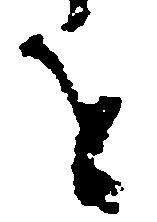
を